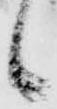
候